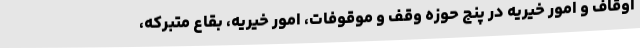
اوقاف و امور خیریه در پنج حوزه وقف و موقوفات، امور خیریه، بقاع متبرکه،